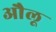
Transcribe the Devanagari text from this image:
औलू